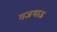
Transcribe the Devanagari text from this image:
गजभाऊ